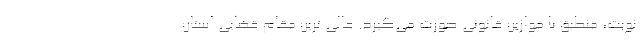
نوبت، منطبق با موازین قانونی صورت می‌گیرد. عالی ترین مقام قضایی استان